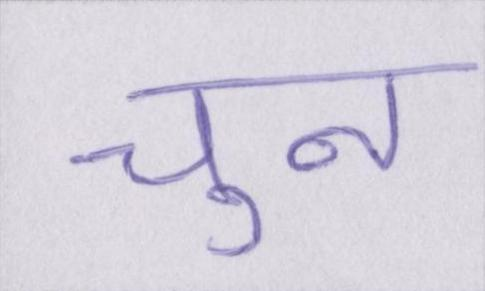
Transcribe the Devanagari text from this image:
चुन